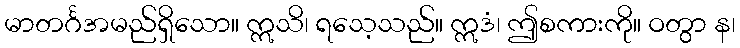
မာတင်္ဂအမည်ရှိသော။ ဣသိ၊ ရသေ့သည်။ ဣဒံ၊ ဤစကားကို။ ဝတွာ န၊